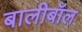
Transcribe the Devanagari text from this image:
बालीबॉल